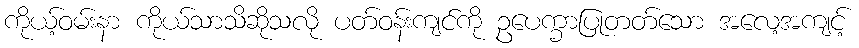
ကိုယ့်ဝမ်းနာ ကိုယ်သာသိဆိုသလို ပတ်ဝန်းကျင်ကို ဥပေက္ခာပြုတတ်သော အလေ့အကျင့်